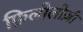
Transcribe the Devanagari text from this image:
फ़िलोलोज़ी